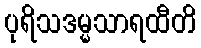
ပုရိသဒမ္မသာရထီတိ